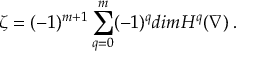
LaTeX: \zeta = ( - 1 ) ^ { m + 1 } \sum _ { q = 0 } ^ { m } ( - 1 ) ^ { q } d i m H ^ { q } ( \nabla ) \, .